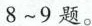
8~9题